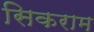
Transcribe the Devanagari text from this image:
सिकराम